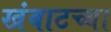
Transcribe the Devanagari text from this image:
खंबाटच्या